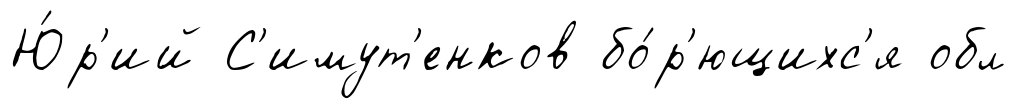
Ю́р'ий С'имут'енков бо́р'ющихс'я обл